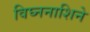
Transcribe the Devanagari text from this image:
विघ्ननाशिने